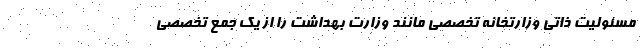
مسئولیت ذاتی وزارتخانه تخصصی مانند وزارت بهداشت را از یک جمع تخصصی